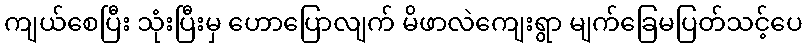
ကျယ်စေပြီး သုံးပြီးမှ ဟောပြောလျက် မိဖာလဲကျေးရွာ မျက်ခြေမပြတ်သင့်ပေ